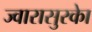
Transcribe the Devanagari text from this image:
ज्वारासुरकाे